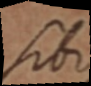
sibi